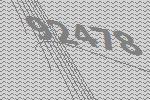
92478